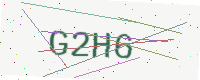
Text: G2H6